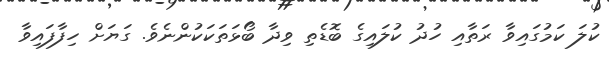
ކުލަ ކަމުގައިވާ ރަތާއި ހުދު ކުލައިގެ ބޮޑެތި ވިދާ ބޯޅަތަކަކުންނެވެ. ގަޔަށް ހިފާފައިވާ